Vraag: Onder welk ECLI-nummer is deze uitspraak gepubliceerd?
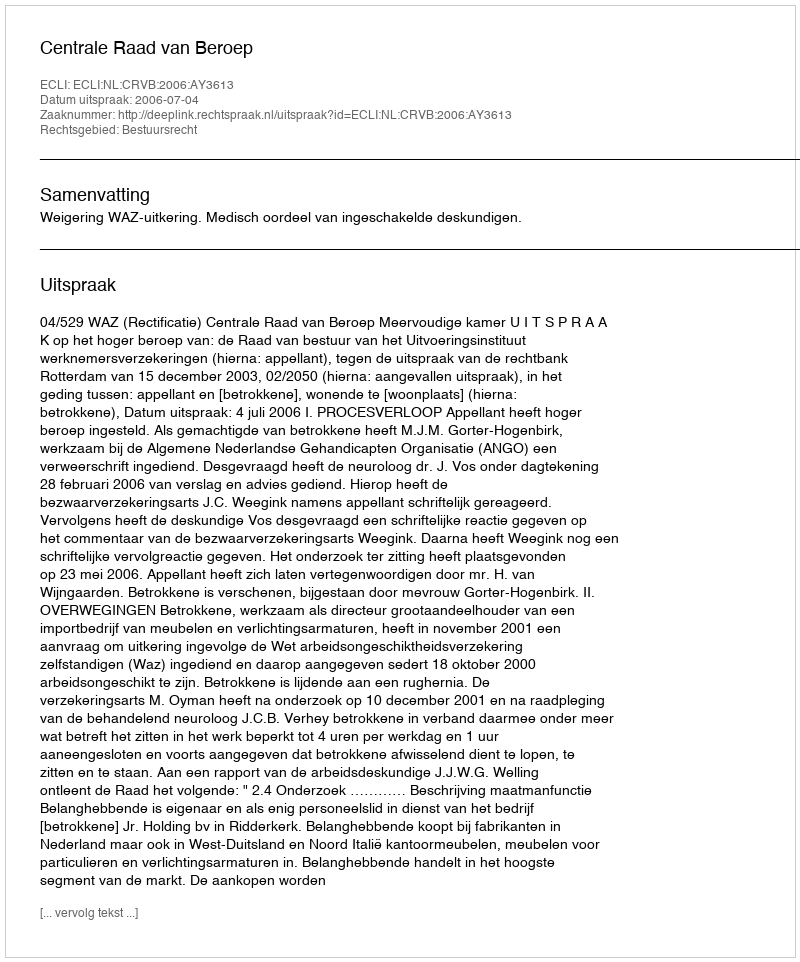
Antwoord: ECLI:NL:CRVB:2006:AY3613